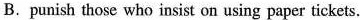
B. punish those who insist on using paper tickets.